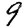
Digit: 9